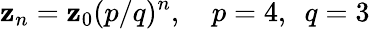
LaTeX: \mathbf{z}_{n}=\mathbf{z}_{0}(p/q)^{n},\ \ \ \ p=4,\ \ q=3